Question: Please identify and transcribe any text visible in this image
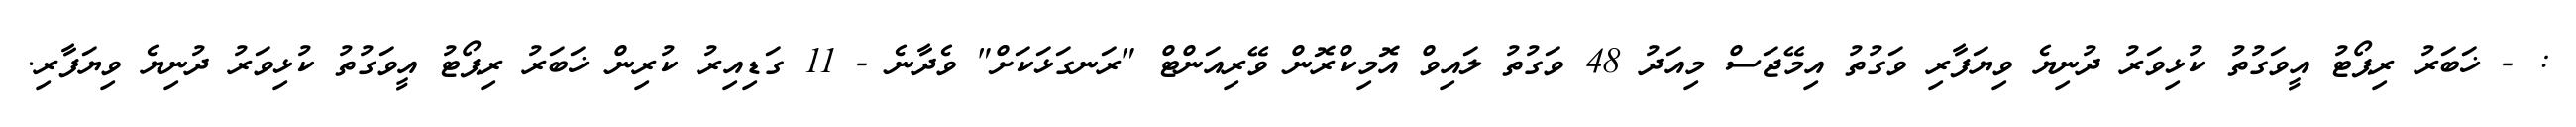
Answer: : - ޚަބަރު ރިޕޯޓު އީވަގުތު ކުޅިވަރު ދުނިޔެ ވިޔަފާރި ވަގުތު އިމޭޖަސް މިއަދު 48 ވަގުތު ލައިވް އޮމިކްރޮން ވޭރިއަންޓް "ރަނގަޅަކަށް" ވެދާނެ - 11 ގަޑިއިރު ކުރިން ޚަބަރު ރިޕޯޓު އީވަގުތު ކުޅިވަރު ދުނިޔެ ވިޔަފާރި.